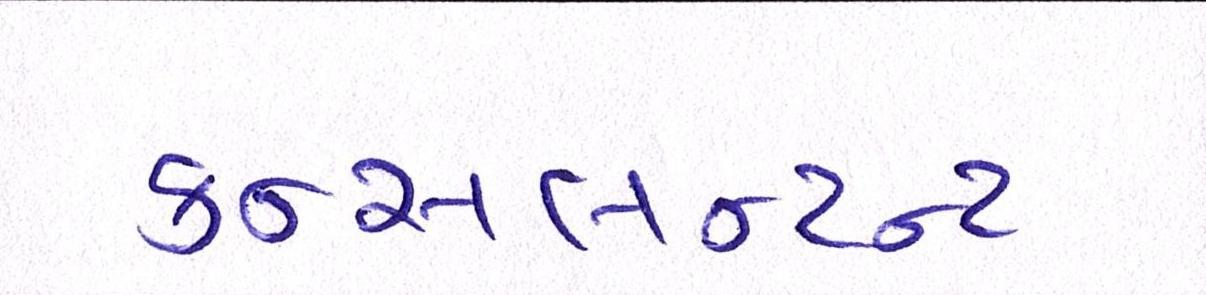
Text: કન્સલન્ટન્ટ